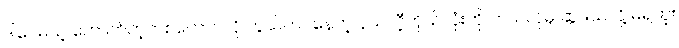
ဒါပေမယ့် တောက်တဲ့တစ်ကောင်လို တွယ်ကပ်နေတဲ့ နယ်လီ့ကိုယ်လုံးကို ဘယ်လိုမှ ဆွဲဖယ်လို့ မရဘူး